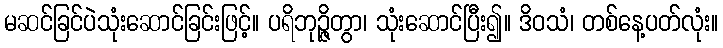
မဆင်ခြင်ပဲသုံးဆောင်ခြင်းဖြင့်။ ပရိဘုဉ္ဇိတွာ၊ သုံးဆောင်ပြီး၍။ ဒိဝသံ၊ တစ်နေ့ပတ်လုံး။